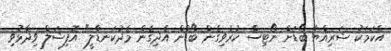
އެކަމަކު ޝަރިއްޔާ ބޯޑަށް ނޯޓިސް ކުރެވިގެން ބޯޑުން އެދިގެން މެދުކަނޑާލީ" އޮފިޝަލް ވިދާޅުވި